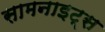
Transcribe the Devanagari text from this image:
सामनाइट्स